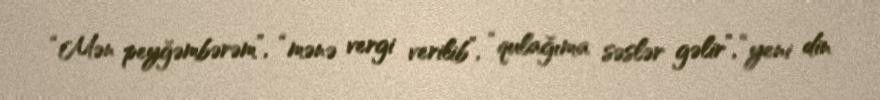
“Mən peyğəmbərəm”, “mənə vergi verilib”, “qulağıma səslər gəlir”, “yeni din